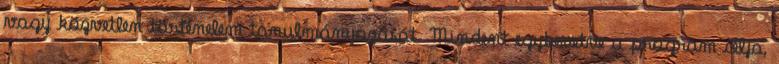
vagy közvetlen történelem tanulmányozását. Mindent egybevetve a program célja,